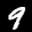
Label: 9